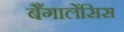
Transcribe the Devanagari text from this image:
बैंगालेंसिस